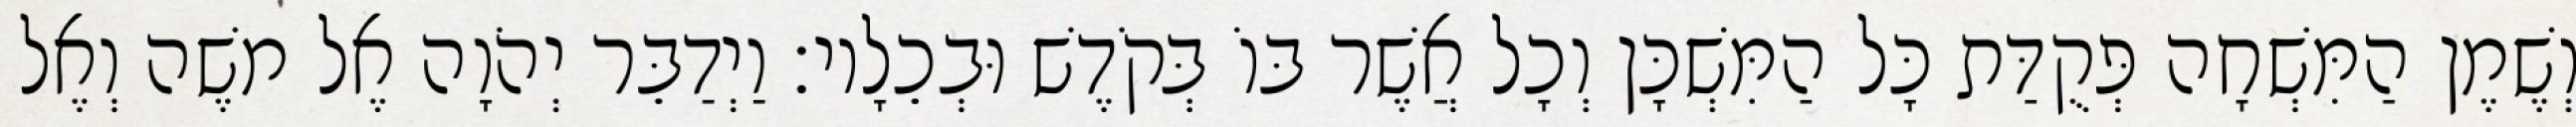
וְשֶׁמֶן הַמִּשְׁחָה פְּקֻדַּת כָּל הַמִּשְׁכָּן וְכָל אֲשֶׁר בּוֹ בְּקֹדֶשׁ וּבְכֵלָיו׃ וַיְדַבֵּר יְהֹוָה אֶל משֶׁה וְאֶל